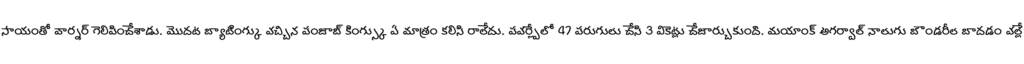
సాయంతో వార్నర్ గెలిపించేశాడు. మొదట బ్యాటింగ్కు వచ్చిన పంజాబ్ కింగ్స్కు ఏ మాత్రం కలిసి రాలేదు. పవర్ప్లేలో 47 పరుగులు చేసి 3 వికెట్లు చేజార్చుకుంది. మయాంక్ అగర్వాల్ నాలుగు బౌండరీల బాదడం వల్లే